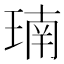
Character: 𪻳